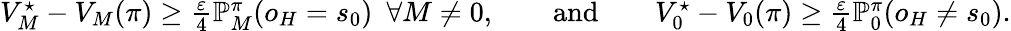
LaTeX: \begin{array}{r}{V_{M}^{\star}-V_{M}(\pi)\geq\frac{\varepsilon}{4}\mathbb{P}_{M}^{\pi}{\left(o_{H}=s_{0}\right)}\ \ \forall M\neq 0,\qquad\mathrm{and}\qquad V_{0}^{\star}-V_{0}(\pi)\geq\frac{\varepsilon}{4}\mathbb{P}_{0}^{\pi}{\left(o_{H}\neq s_{0}\right)}.}\end{array}